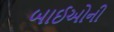
બાઈઓની